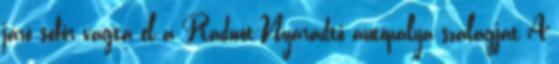
járó sofőr vágta el a Radnót-Nyárádtő autópálya szalagját A